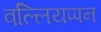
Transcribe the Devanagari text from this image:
वल्लियप्पन